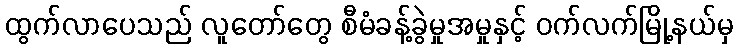
ထွက်လာပေသည် လူတော်တွေ စီမံခန့်ခွဲမှုအမှုနှင့် ဝက်လက်မြို့နယ်မှ